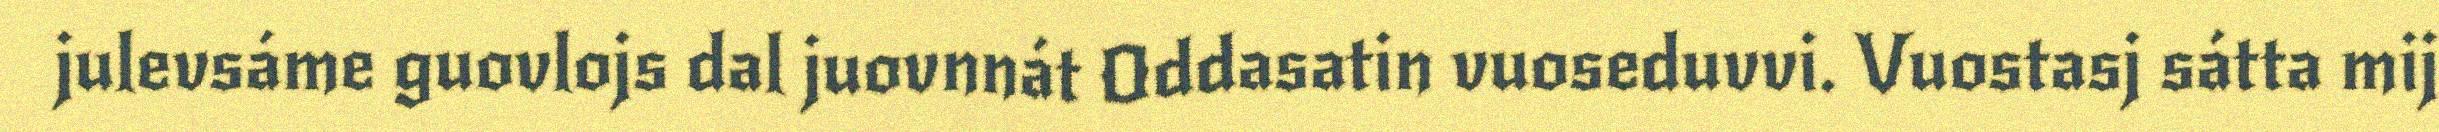
julevsáme guovlojs dal juovnnát Oddasatin vuoseduvvi. Vuostasj sátta mij